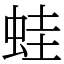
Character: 蛙